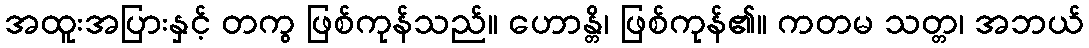
အထူးအပြားနှင့် တကွ ဖြစ်ကုန်သည်။ ဟောန္တိ၊ ဖြစ်ကုန်၏။ ကတမ သတ္တ၊ အဘယ်